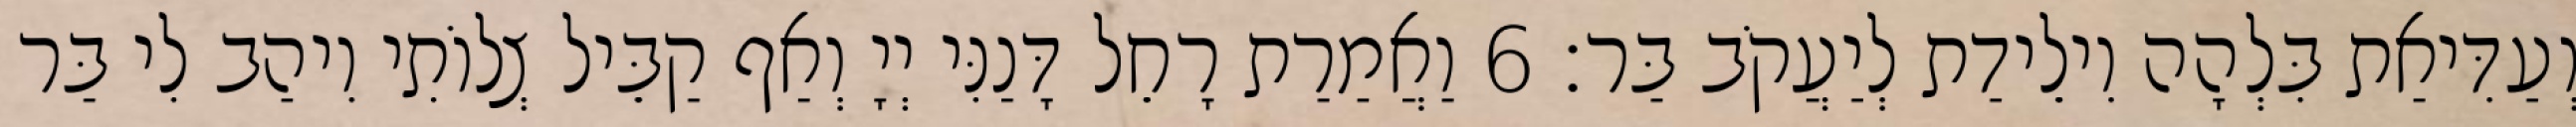
וְעַדִּיאַת בִּלְהָה וִילֵידַת לְיַעֲקֹב בַּר׃ 6 וַאֲמַרַת רָחֵל דָּנַנִּי יְיָ וְאַף קַבֵּיל צְלוֹתִי וִיהַב לִי בַּר